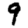
Digit: 9